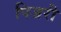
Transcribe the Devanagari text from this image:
पिजरी